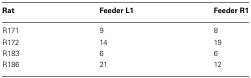
<table><thead><tr><td><b>Rat</b></td><td><b>Feeder L1</b></td><td><b>Feeder R1</b></td></tr></thead><tbody><tr><td>R171</td><td>9</td><td>8</td></tr><tr><td>R172</td><td>14</td><td>19</td></tr><tr><td>R183</td><td>6</td><td>6</td></tr><tr><td>R186</td><td>21</td><td>12</td></tr></tbody></table>